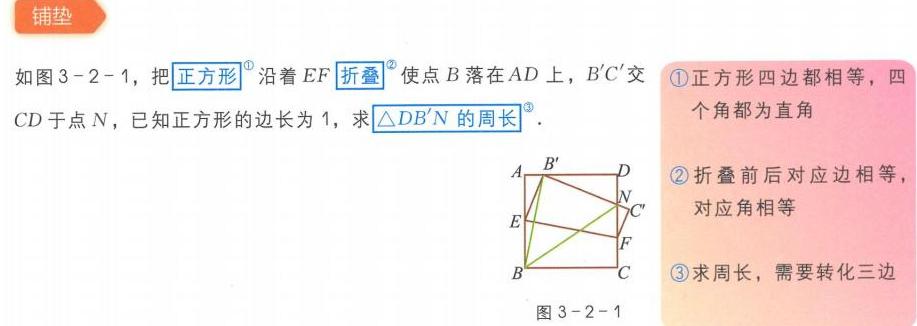
铺垫
如图3 - 2 - 1，把\(^{\textcircled{1}}\)正方形沿着\(EF\)\(^{\textcircled{2}}\)折叠使点\(B\)落在\(AD\)上，\(B'C'\)交\(CD\)于点\(N\)，已知正方形的边长为1，求\(^{\textcircled{3}}\triangle DB'N\)的周长。
<img src="https://pic2.zhimg.com/v2-8d8c8f8c8d8c8d8c8f8c8d8c8f8c8d8c_b.jpg" width="300"> 图3 - 2 - 1
\textcircled{1}正方形四边都相等，四个角都为直角
\textcircled{2}折叠前后对应边相等，对应角相等
\textcircled{3}求周长，需要转化三边